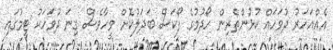
އެއްއަހަރު ދުވަހައް ކުޅުންތެރިން ހޯދުމުގެ ފޯކަސް ބަދަލުކޮށް ވީހާވެސް ގިނަ ދުވަހަކު ޓީމުގައި